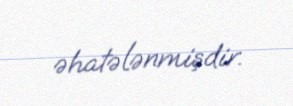
əhatələnmişdir.